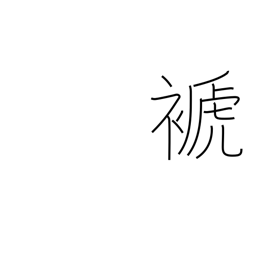
Meaning: rob